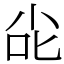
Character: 㕾